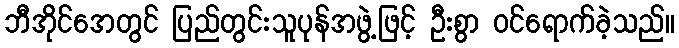
ဘီအိုင်အေတွင် ပြည်တွင်းသူပုန်အဖွဲ့ဖြင့် ဦးစွာ ဝင်ရောက်ခဲ့သည်။